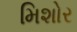
મિશોર